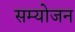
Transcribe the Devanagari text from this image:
सम्योजन